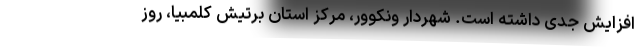
افزایش جدی داشته است. شهردار ونکوور، مرکز استان برتیش کلمبیا، روز